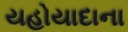
યહોયાદાના